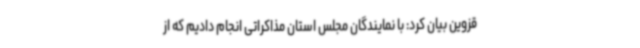
قزوین بیان کرد: با نمایندگان مجلس استان مذاکراتی انجام دادیم که از